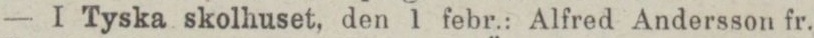
— I Tyska skolhuset, den 1 febr.: Alfred Andersson fr.